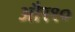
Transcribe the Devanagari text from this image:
और१०